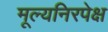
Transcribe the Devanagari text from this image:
मूल्यनिरपेक्ष